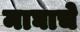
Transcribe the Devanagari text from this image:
माघाचे